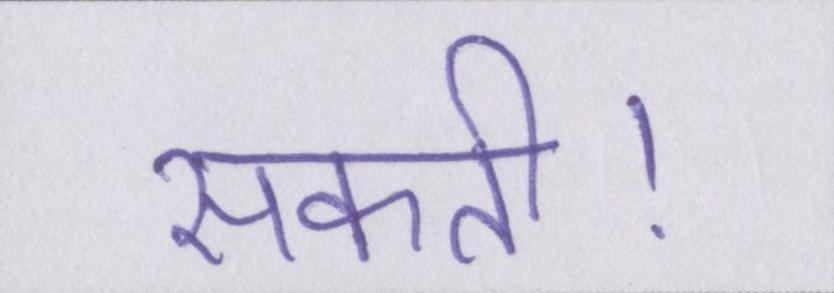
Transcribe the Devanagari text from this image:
सकती।